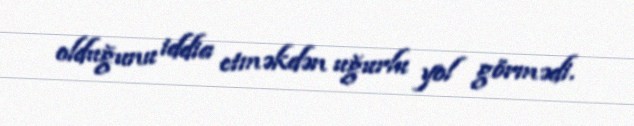
olduğunu iddia etməkdən uğurlu yol görmədi.